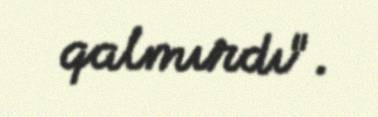
qalmırdı".